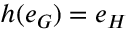
h ( e _ { G } ) = e _ { H }